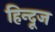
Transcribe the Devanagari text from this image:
हिन्दूज